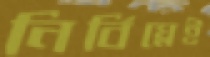
নির্বিঘ্নেই